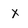
Character: x